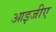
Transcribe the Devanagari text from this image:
आइजीए